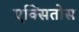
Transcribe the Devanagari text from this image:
एक्सितोस